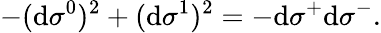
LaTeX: -(\mathrm{d}\sigma^{0})^{2}+(\mathrm{d}\sigma^{1})^{2}=-\mathrm{d}\sigma^{+}\mathrm{d}\sigma^{-}.